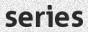
series